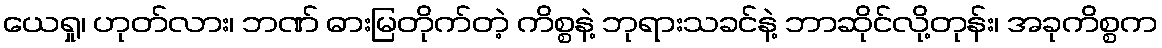
ယေရှု၊ ဟုတ်လား၊ ဘဏ် ဓားမြတိုက်တဲ့ ကိစ္စနဲ့ ဘုရားသခင်နဲ့ ဘာဆိုင်လို့တုန်း၊ အခုကိစ္စက